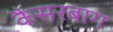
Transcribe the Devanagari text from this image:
कैसरबाग